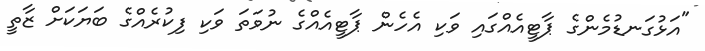
"އަޅުގަނޑުމެންގެ ޕާޓީއެއްގައި ވަކި އެހެން ޕާޓީއެއްގެ ނުވަތަ ވަކި ފިކުރެއްގެ ބަޔަކަށް ޒާތީ